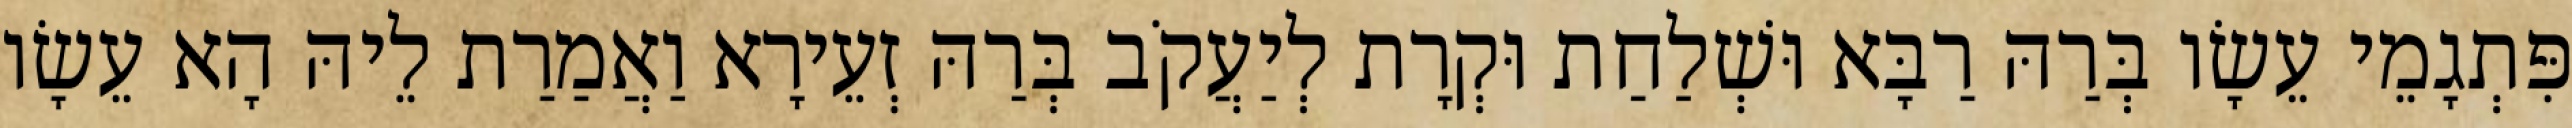
פִּתְגָמֵי עֵשָׂו בְּרַהּ רַבָּא וּשְׁלַחַת וּקְרָת לְיַעֲקֹב בְּרַהּ זְעֵירָא וַאֲמַרַת לֵיהּ הָא עֵשָׂו